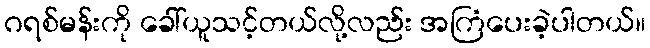
ဂရစ်မန်းကို ခေါ်ယူသင့်တယ်လို့လည်း အကြံပေးခဲ့ပါတယ်။